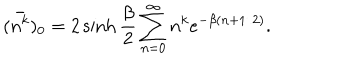
( \bar { n ^ { k } } ) _ { 0 } = 2 \sinh \frac { \beta } { 2 } \sum _ { n = 0 } ^ { \infty } n ^ { k } e ^ { - \beta ( n + 1 / 2 ) } .